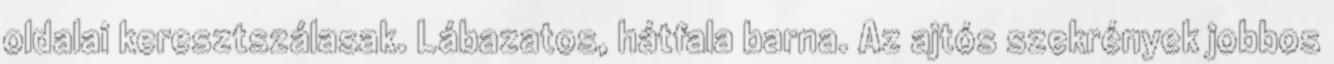
oldalai keresztszálasak. Lábazatos, hátfala barna. Az ajtós szekrények jobbos